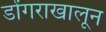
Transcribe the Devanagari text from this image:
डोंगराखालून